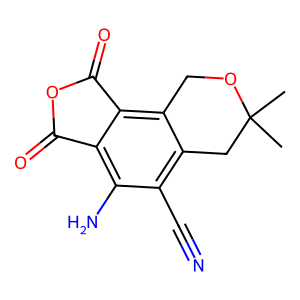
SMILES: CC1(C)Cc2c(C#N)c(N)c3c(c2CO1)C(=O)OC3=O
Inhibits HIV replication: No